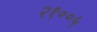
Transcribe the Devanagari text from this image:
२१००५